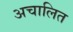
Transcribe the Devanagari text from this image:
अचालित